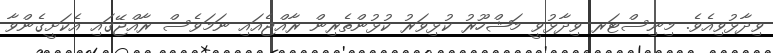
ވިދާޅުވިއެވެ. މިނިސްޓަރ ވިދާޅުވީ މަޝްހޫރު ކުޅިވަރު ކުޅުންތެރިން ރާއްޖެއައި ނަމަވެސް ރާއްޖޭގައި އެކަށީގެންވާ